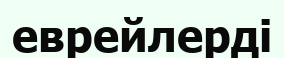
еврейлерді